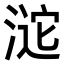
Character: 𣸘